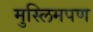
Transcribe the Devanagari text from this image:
मुस्लिमपण